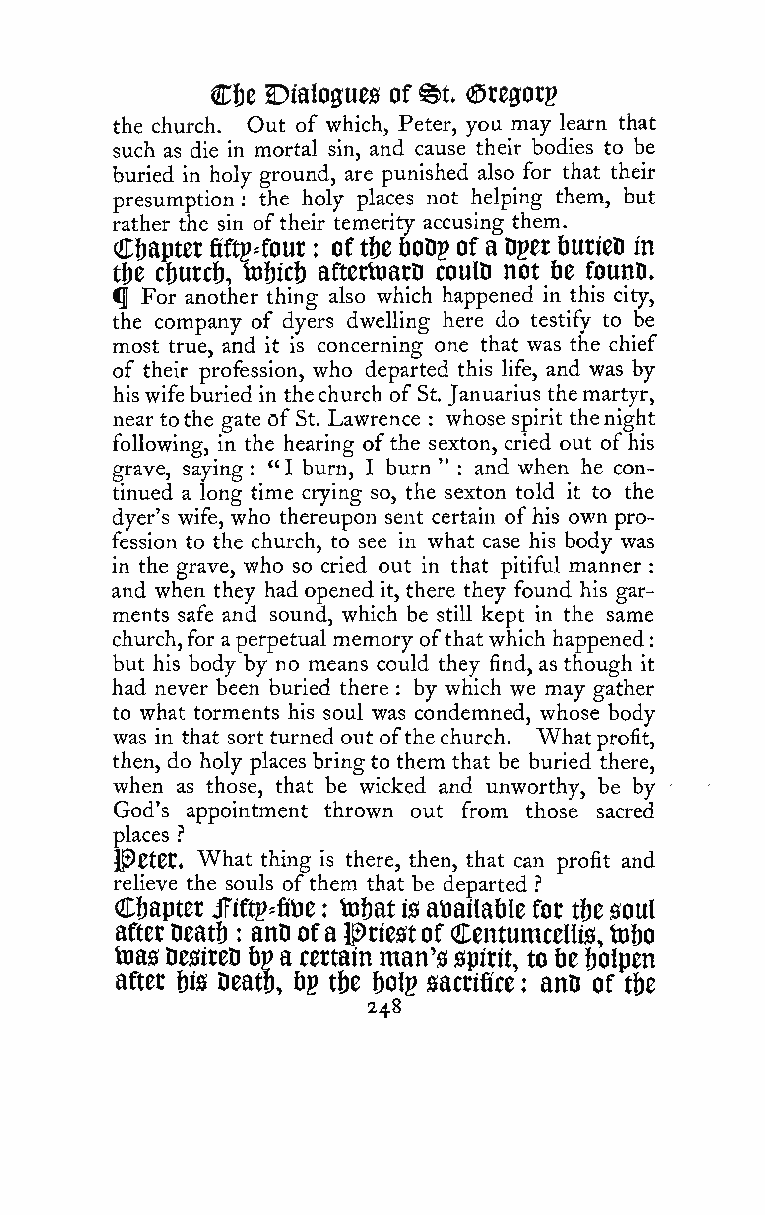
:
 C&e Dialogues of ©t arcgotp
 the church. Out of which, Peter, you may learn that
 such as die in mortal sin, and cause their bodies to be
 buried in holy ground, are punished also for that their
 presumption the holy places not helping them, but
 :
 rather the sin oftheir temerity accusing them.
 Clbapter fiftp=fout : oft&e lioDp of a Dpet tJUtieD in
 tfje cf)utc&, tofjici) aftertoatD coulD not &e founD.
 ^ For another thing also which happened in this city,
 the company of dyers dwelling here do testify to be
 most true, and it is concerning one that was the chief
 of their profession, who departed this life, and was by
 hiswifeburied in thechurch of St. Januarius themartyr,
 near tothe gate of St. Lawrence : whose spirit thenight
 following, in the hearing ofthe sexton, cried out ofhis
 grave, saying : " I burn, I burn " : and when he con-
 tinued a long time crying so, the sexton told it to the
 dyer's wife, who thereupon sent certain ofhis own pro-
 fession to the church, to see in what case his body was
 in the grave, who so cried out in that pitiful manner
 :
 and when they had opened it, there they found his gar-
 ments safe and sound, which be still kept in the same
 church,for aperpetual memory ofthat which happened
 but his body by no means could they find, as though it
 had never been buried there by which we may gather
 :
 to what torments his soul was condemned, whose body
 was in that sort turned out ofthechurch. What profit,
 then, do holy places bring to them that be buried there,
 when as those, that be wicked and unworthy, be by
 God's appointment thrown out from those sacred
 piaces -?
 J^gtCt. What thing is there, then, that can profit and
 relieve the souls ofthem that be departed .''
 Ct)apter JTiftp^fiVie : tnbat is aioailable fot tbc soul
 aftet Deatf) anD ofa priestof Centumcellis, tnbo
 :
 teas DesireD bv a certain man's spirit, to fie i)0lpen
 after fjis Deata, t>g t&e &olp sacrifice : anD of tU
 248